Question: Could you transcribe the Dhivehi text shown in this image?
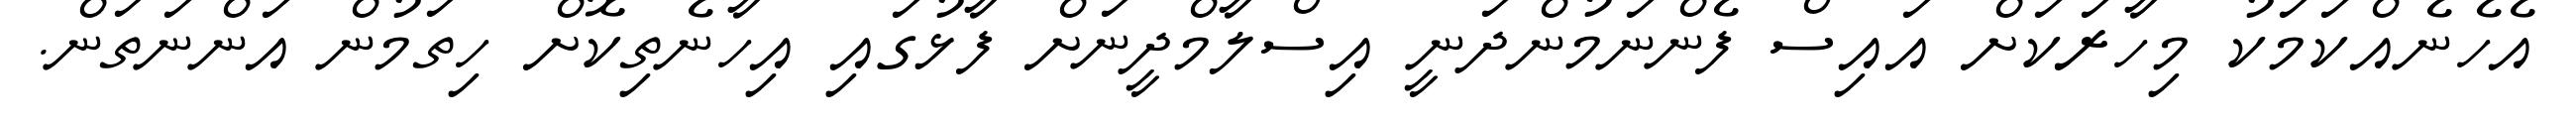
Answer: އެހެނެއްކަމަކު މިހާރަކަށް އައިސް ފެންނަމުންދަނީ އިސްލާމްދީނަށް ފާޅުގައި އިހާނެތިކޮށް ހިތަމުން އަންނަތަން.